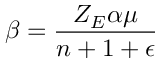
\beta = \frac { Z _ { E } \alpha \mu } { n + 1 + \epsilon }